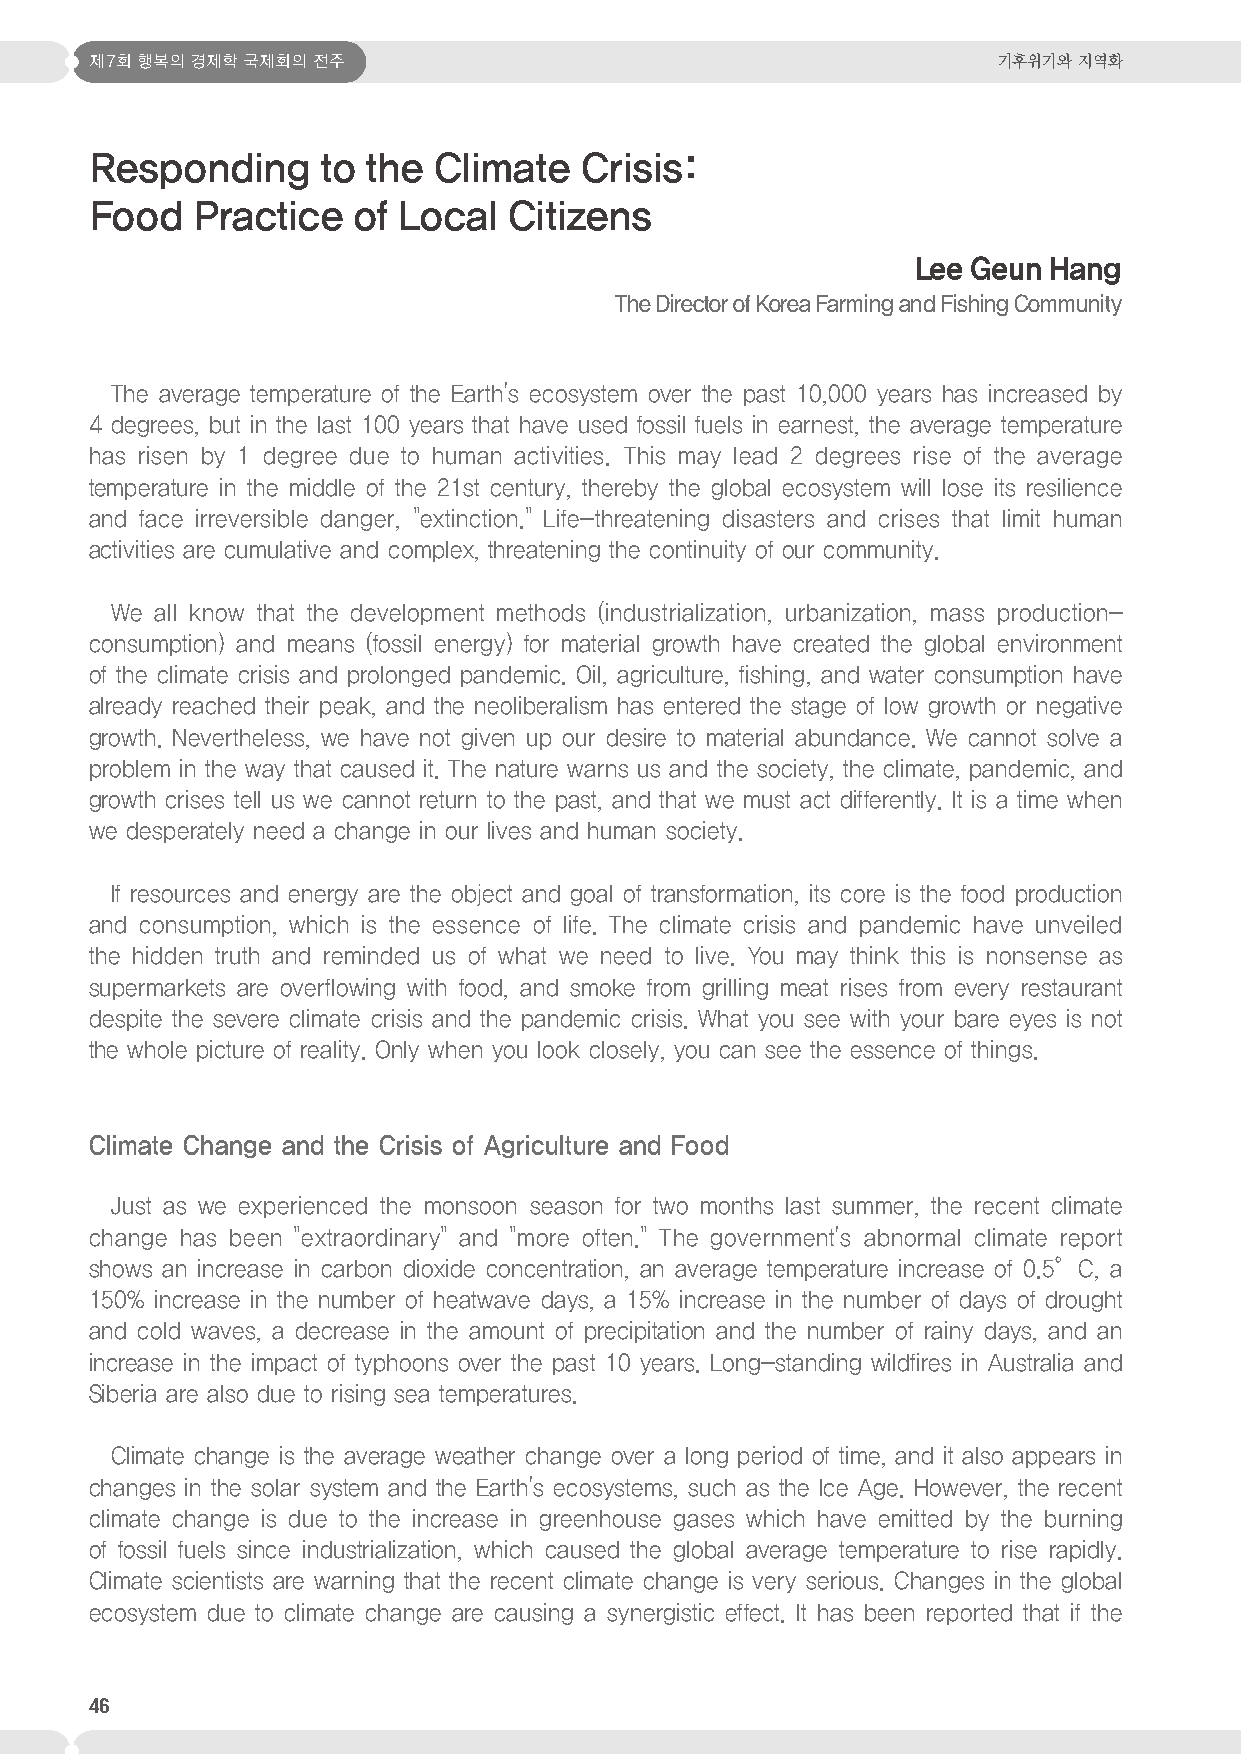
제7회 행복의 경제학 국제회의 전주                                         기후위기와 지역화
 Responding     to the  Climate  Crisis:
 Food   Practice  of Local   Citizens
 Lee Geun Hang
 The Director of Korea Farming and Fishing Community
 The average temperature of the Earth's ecosystem over the past 10,000 years has increased by
 4 degrees, but in the last 100 years that have used fossil fuels in earnest, the average temperature
 has risen by 1 degree due to human activities. This may lead 2 degrees rise of the average
 temperature in the middle of the 21st century, thereby the global ecosystem will lose its resilience
 and face irreversible danger, "extinction." Life-threatening disasters and crises that limit human
 activities are cumulative and complex, threatening the continuity of our community.
 We all know that the development methods (industrialization, urbanization, mass production-
 consumption) and means (fossil energy) for material growth have created the global environment
 of the climate crisis and prolonged pandemic. Oil, agriculture, fishing, and water consumption have
 already reached their peak, and the neoliberalism has entered the stage of low growth or negative
 growth. Nevertheless, we have not given up our desire to material abundance. We cannot solve a
 problem in the way that caused it. The nature warns us and the society, the climate, pandemic, and
 growth crises tell us we cannot return to the past, and that we must act differently. It is a time when
 we desperately need a change in our lives and human society.
 If resources and energy are the object and goal of transformation, its core is the food production
 and consumption, which is the essence of life. The climate crisis and pandemic have unveiled
 the hidden truth and reminded us of what we need to live. You may think this is nonsense as
 supermarkets are overflowing with food, and smoke from grilling meat rises from every restaurant
 despite the severe climate crisis and the pandemic crisis. What you see with your bare eyes is not
 the whole picture of reality. Only when you look closely, you can see the essence of things.
 Climate Change and the Crisis of Agriculture and Food
 Just as we experienced the monsoon season for two months last summer, the recent climate
 change has been "extraordinary" and "more often." The government's abnormal climate report
 shows an increase in carbon dioxide concentration, an average temperature increase of 0.5°C, a
 150% increase in the number of heatwave days, a 15% increase in the number of days of drought
 and cold waves, a decrease in the amount of precipitation and the number of rainy days, and an
 increase in the impact of typhoons over the past 10 years. Long-standing wildfires in Australia and
 Siberia are also due to rising sea temperatures.
 Climate change is the average weather change over a long period of time, and it also appears in
 changes in the solar system and the Earth's ecosystems, such as the Ice Age. However, the recent
 climate change is due to the increase in greenhouse gases which have emitted by the burning
 of fossil fuels since industrialization, which caused the global average temperature to rise rapidly.
 Climate scientists are warning that the recent climate change is very serious. Changes in the global
 ecosystem due to climate change are causing a synergistic effect. It has been reported that if the
 46